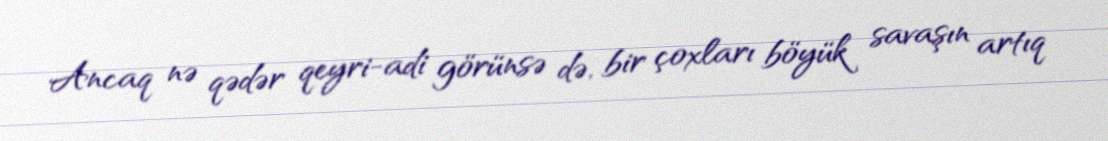
Ancaq nə qədər qeyri-adi görünsə də, bir çoxları böyük savaşın artıq